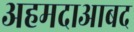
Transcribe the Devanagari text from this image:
अहमदाआबद